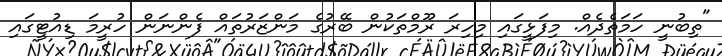
"ތިބުނީ ހަމަތެދެއް. މިފަޅީގައި މިހިރަ ރޫމްތަކުން ބޭރުގެ މަންޒަރުތައް ފެންނަން ހުރީމަ ޑިއުޓީގައި